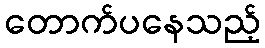
တောက်ပနေသည့်